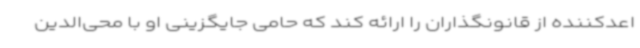
اعدکننده از قانونگذاران را ارائه کند که حامی جایگزینی او با محی‌الدین